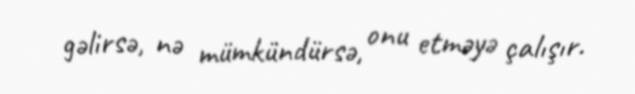
gəlirsə, nə mümkündürsə, onu etməyə çalışır.